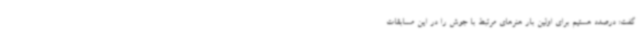
گفت: درصدد هستیم برای اولین بار هنرهای مرتبط با جوش را در این مسابقات